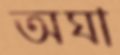
অঘা